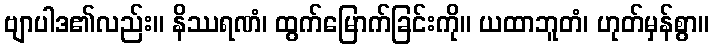
ဗျာပါဒ၏လည်း။ နိဿရဏံ၊ ထွက်မြောက်ခြင်းကို။ ယထာဘူတံ၊ ဟုတ်မှန်စွာ။